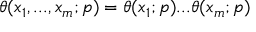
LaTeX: \displaystyle \theta ( x _ { 1 } , . . . , x _ { m } ; p ) = \theta ( x _ { 1 } ; p ) . . . \theta ( x _ { m } ; p )